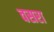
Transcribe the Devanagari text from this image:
वसरा